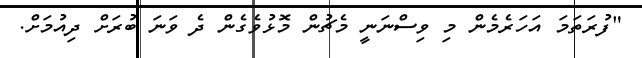
"ފުރަތަމަ އަހަރެމެން މި ވިސްނަނީ މެޗުން މޮޅުވެގެން ދެ ވަނަ ބުރަށް ދިއުމަށް.